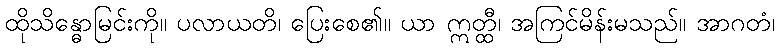
ထိုသိန္ဓောမြင်းကို။ ပလာယတိ၊ ပြေးစေ၏။ ယာ ဣတ္ထီ၊ အကြင်မိန်းမသည်။ အာဂတံ၊